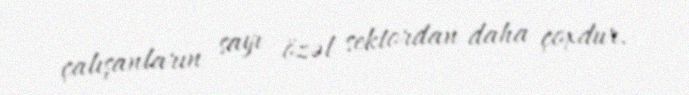
çalışanların sayı özəl sektordan daha çoxdur.